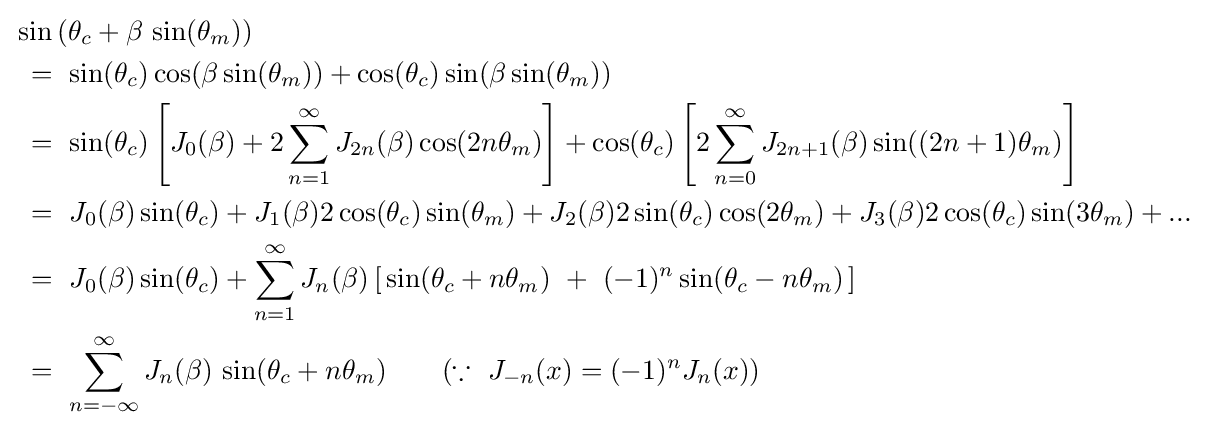
{\begin{aligned}&\sin \left(\theta _{c}+\beta \,\sin(\theta _{m})\right)\\&\ =\ \sin(\theta _{c})\cos(\beta \sin(\theta _{m}))+\cos(\theta _{c})\sin(\beta \sin(\theta _{m}))\\&\ =\ \sin(\theta _{c})\left[J_{0}(\beta )+2\sum _{n=1}^{\infty }J_{2n}(\beta )\cos(2n\theta _{m})\right]+\cos(\theta _{c})\left[2\sum _{n=0}^{\infty }J_{2n+1}(\beta )\sin((2n+1)\theta _{m})\right]\\&\ =\ J_{0}(\beta )\sin(\theta _{c})+J_{1}(\beta )2\cos(\theta _{c})\sin(\theta _{m})+J_{2}(\beta )2\sin(\theta _{c})\cos(2\theta _{m})+J_{3}(\beta )2\cos(\theta _{c})\sin(3\theta _{m})+...\\&\ =\ J_{0}(\beta )\sin(\theta _{c})+\sum _{n=1}^{\infty }J_{n}(\beta )\left[\,\sin(\theta _{c}+n\theta _{m})\ +\ (-1)^{n}\sin(\theta _{c}-n\theta _{m})\,\right]\\&\ =\ \sum _{n=-\infty }^{\infty }J_{n}(\beta )\,\sin(\theta _{c}+n\theta _{m})\qquad (\because \ J_{-n}(x)=(-1)^{n}J_{n}(x))\end{aligned}}